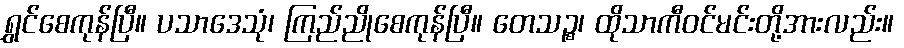
ရွှင်စေကုန်ပြီ။ ပသာဒေသုံ၊ ကြည်ညိုစေကုန်ပြီ။ တေသဉ္စ၊ ထိုသာကီဝင်မင်းတို့အားလည်း။